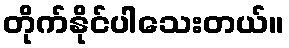
တိုက်နိုင်ပါသေးတယ်။